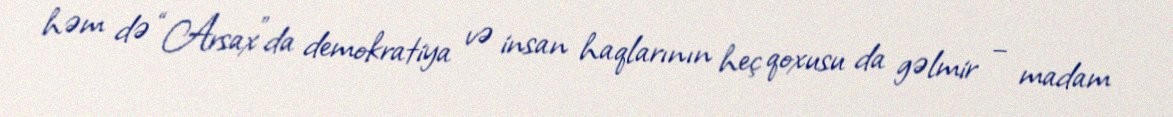
həm də “Arsax”da demokratiya və insan haqlarının heç qoxusu da gəlmir – madam